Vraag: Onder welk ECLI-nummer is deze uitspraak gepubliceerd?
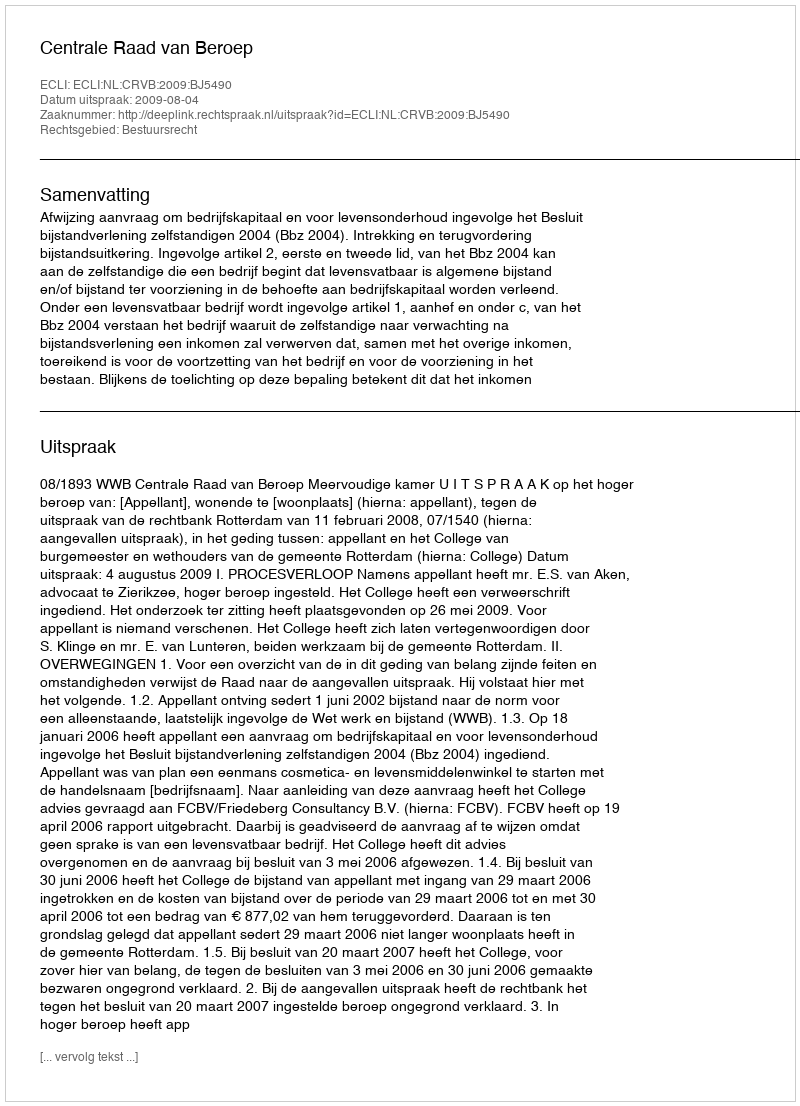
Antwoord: ECLI:NL:CRVB:2009:BJ5490